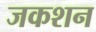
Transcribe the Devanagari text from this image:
जकशन